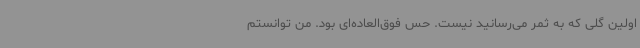
اولین گلی که به ثمر می‌رسانید نیست. حس فوق‌العاده‌ای بود. من توانستم